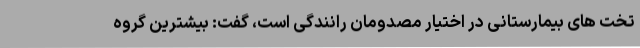
تخت های بیمارستانی در اختیار مصدومان رانندگی است، گفت: بیشترین گروه